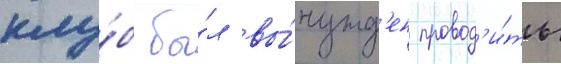
клу́б бы́л вы́нужд'ен провод'и́ть